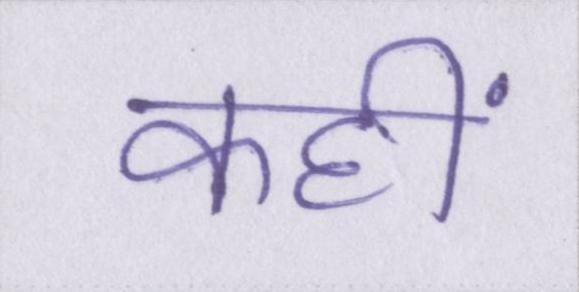
कहीं